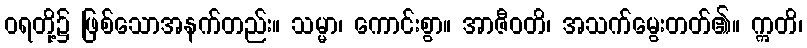
ဝရတို့၌ ဖြစ်သောအနက်တည်း။ သမ္မာ၊ ကောင်းစွာ။ အာဇီဝတိ၊ အသက်မွေးတတ်၏။ ဣတိ၊